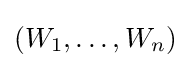
(W_{1},\dotsc ,W_{n})